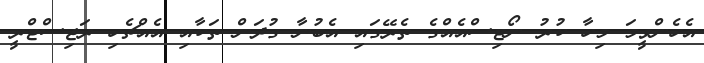
އެހެންވީމަ މިހާ ކުރު ނޯޓިސްއެއްގެ ތެރޭގައި އެބުނާ ގުދަން ތަކާއި އެއްޗެހި ރަޖިސްޓްރީ